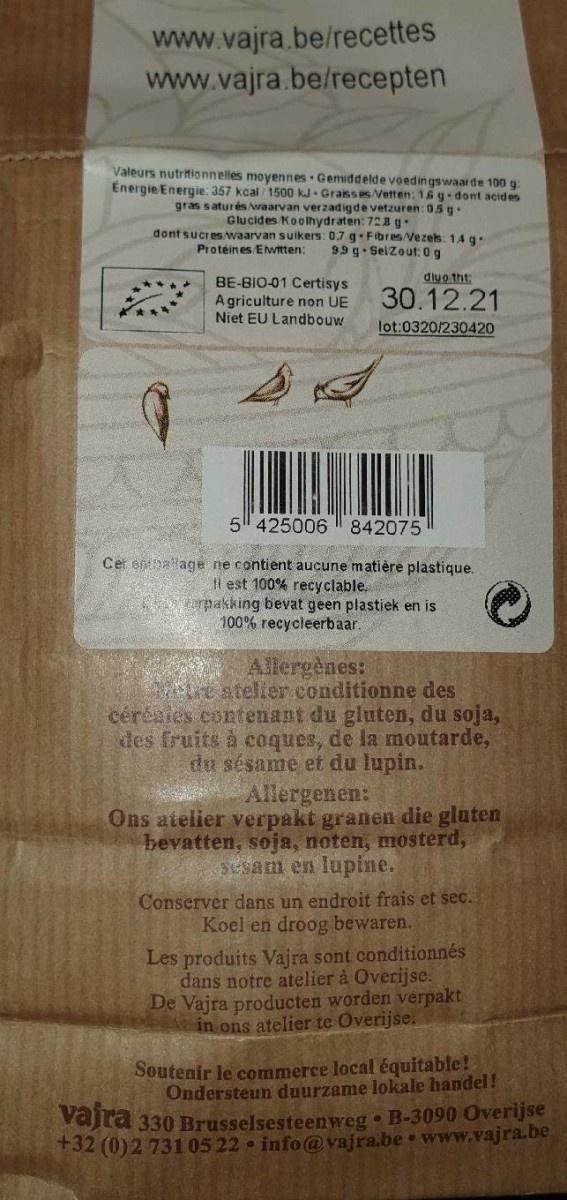
www.vajra.be/recettes www.vajra.be/recepten
Valeurs nutritionnelles moyennes Gemiddelde voedingswaar de 100 g: Energie Energie: 357 kcal 1500 kJ. Grasses Vetten: 16 g dont acides gras saturés waarvan verzadigde vetzuren: 05 g. Glucides Koolhydraten: 728 g. dont sucres waarvan suikers: 0,7 g. Fibres/Vezes: 14g.
Protéines Ewitten:
9.9 g. SelZout: 0 g
diuo tht:
BE-BIO-01 Certisys A griculture non UE Niet EU Landbouw
30.12.21
lot:0320/230420
5 425006
842075
Cet entalage ne contient aucune matière plastique. Il est 100% recyclable, derpakking bevat geen plastiek en is 100% recycleerbaar.
Allergènes: Areatelier conditionne des cérésies contenant du gluten, du soja, des fruits à coques, de la moutarde, du sésame et du lupin. Allergenen: Ons atelier verpakt granen die gluten bevatten, soja, noten, mosterd, Sesam en lupine.
Conserver dans un endroit frais et sec. Koel en droog bewaren.
Les produits Vajra sont conditionnés dans notre atelier à Overijse. De Vajra producten worden verpakt in ons atelier te Overijse.
Soutenir le commerce local équitable! Ondersteun duurzame lokale handel! vajra 330 Brusselsesteenweg B-3090 Overijse +32 (0)2 73105 22 info@vajra.be www.vajra.be